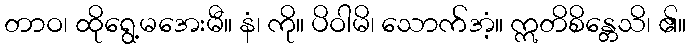
တာဝ၊ ထိုရွေ့မအေးမီ။ နံ၊ ကို။ ပိဝါမိ၊ သောက်အံ့။ ဣတိစိန္တေသိ၊ ၏။